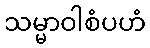
သမ္မာဝါစံပဟံ